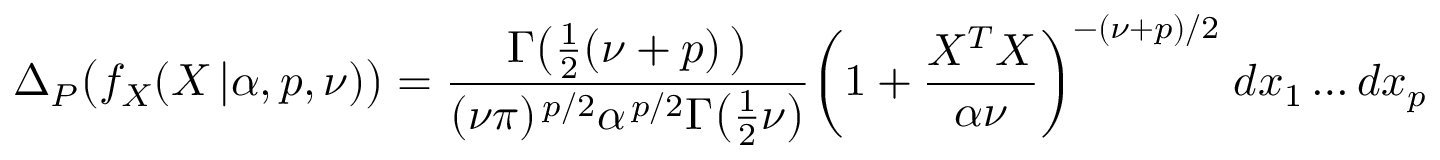
\Delta _ { P } { \big ( } f _ { X } ( X \, | \alpha , p , \nu ) { \big ) } = { \frac { \Gamma { \big ( } { \frac { 1 } { 2 } } ( \nu + p ) \, { \big ) } } { ( \nu \pi ) ^ { \, p / 2 } \alpha ^ { \, p / 2 } \Gamma { \big ( } { \frac { 1 } { 2 } } \nu { \big ) } } } { \bigg ( } 1 + { \frac { X ^ { T } X } { \alpha \nu } } { \bigg ) } ^ { - ( \nu + p ) / 2 } \; d x _ { 1 } \dots d x _ { p }